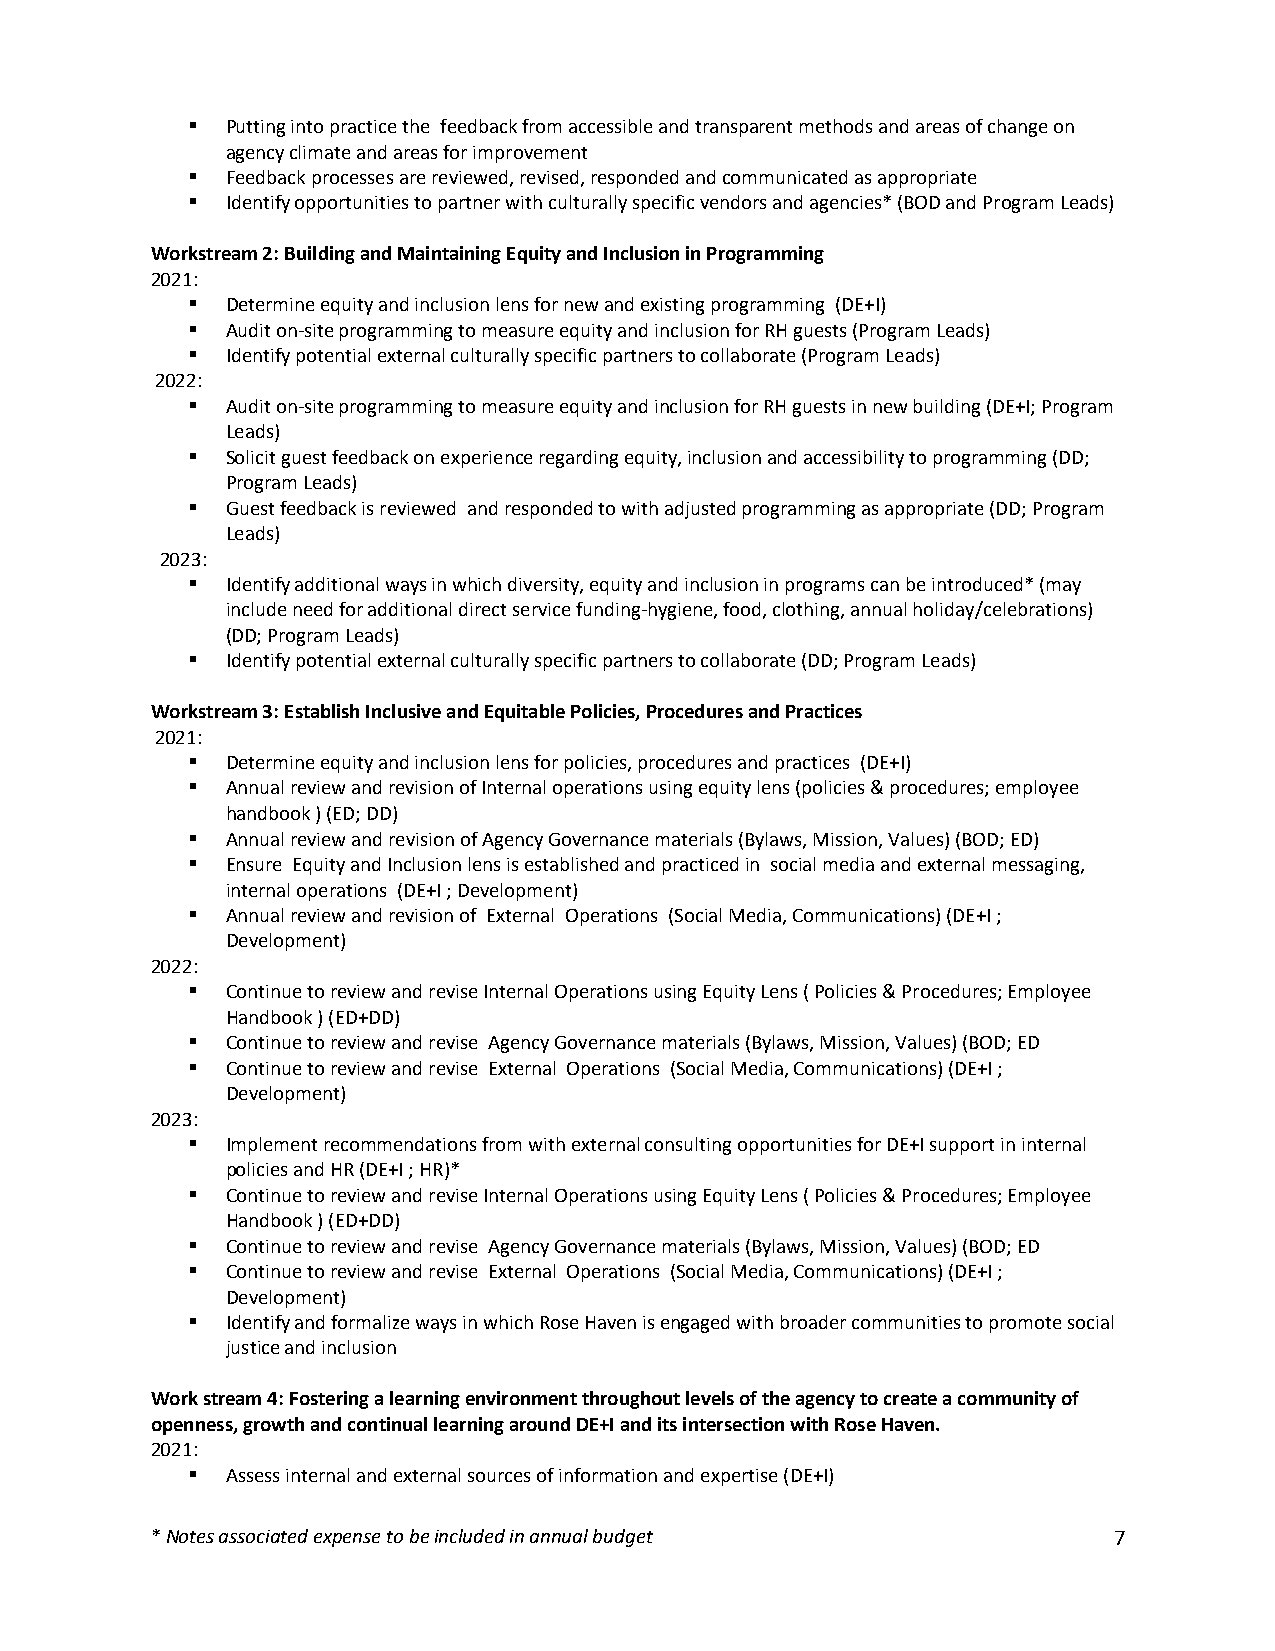
§  Putting into practice the feedback from accessible and transparent methods and areas of change on
 agency climate and areas for improvement
 §  Feedback processes are reviewed, revised, responded and communicated as appropriate
 §  Identify opportunities to partner with culturally specific vendors and agencies* (BOD and Program Leads)
 Workstream 2: Building and Maintaining Equity and Inclusion in Programming
 2021:
 §  Determine equity and inclusion lens for new and existing programming (DE+I)
 §  Audit on-site programming to measure equity and inclusion for RH guests (Program Leads)
 §  Identify potential external culturally specific partners to collaborate (Program Leads)
 2022:
 §  Audit on-site programming to measure equity and inclusion for RH guests in new building (DE+I; Program
 Leads)
 §  Solicit guest feedback on experience regarding equity, inclusion and accessibility to programming (DD;
 Program Leads)
 §  Guest feedback is reviewed and responded to with adjusted programming as appropriate (DD; Program
 Leads)
 2023:
 §  Identify additional ways in which diversity, equity and inclusion in programs can be introduced* (may
 include need for additional direct service funding-hygiene, food, clothing, annual holiday/celebrations)
 (DD; Program Leads)
 §  Identify potential external culturally specific partners to collaborate (DD; Program Leads)
 Workstream 3: Establish Inclusive and Equitable Policies, Procedures and Practices
 2021:
 §  Determine equity and inclusion lens for policies, procedures and practices (DE+I)
 §  Annual review and revision of Internal operations using equity lens (policies & procedures; employee
 handbook ) (ED; DD)
 §  Annual review and revision of Agency Governance materials (Bylaws, Mission, Values) (BOD; ED)
 §  Ensure Equity and Inclusion lens is established and practiced in social media and external messaging,
 internal operations (DE+I ; Development)
 §  Annual review and revision of External Operations (Social Media, Communications) (DE+I ;
 Development)
 2022:
 §  Continue to review and revise Internal Operations using Equity Lens ( Policies & Procedures; Employee
 Handbook ) (ED+DD)
 §  Continue to review and revise Agency Governance materials (Bylaws, Mission, Values) (BOD; ED
 §  Continue to review and revise External Operations (Social Media, Communications) (DE+I ;
 Development)
 2023:
 §  Implement recommendations from with external consulting opportunities for DE+I support in internal
 policies and HR (DE+I ; HR)*
 §  Continue to review and revise Internal Operations using Equity Lens ( Policies & Procedures; Employee
 Handbook ) (ED+DD)
 §  Continue to review and revise Agency Governance materials (Bylaws, Mission, Values) (BOD; ED
 §  Continue to review and revise External Operations (Social Media, Communications) (DE+I ;
 Development)
 §  Identify and formalize ways in which Rose Haven is engaged with broader communities to promote social
 justice and inclusion
 Work stream 4: Fostering a learning environment throughout levels of the agency to create a community of
 openness, growth and continual learning around DE+I and its intersection with Rose Haven.
 2021:
 §  Assess internal and external sources of information and expertise (DE+I)
 * Notes associated expense to be included in annual budget      7